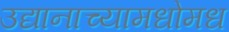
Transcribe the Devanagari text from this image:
उद्यानाच्यामधोमध